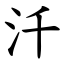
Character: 汘